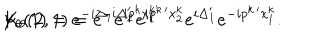
\psi _ { \theta } ( 1 ) = e ^ { - i \Delta _ { 1 } } e ^ { i p ^ { k } x _ { 1 } ^ { k } } \hspace { 2 c m } K _ { \theta } ( 2 , 1 ) = e ^ { - i \Delta _ { 2 } ^ { \prime } } e ^ { i p ^ { k \, \prime } x _ { 2 } ^ { k } } e ^ { i \Delta _ { 1 } ^ { \prime } } e ^ { - i p ^ { k \, \prime } x _ { 1 } ^ { k } } .